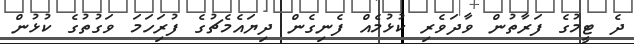
ދެ ޓީމުގެ ފަރާތުން ވާދަވެރި ކުޅުމެއް ފެނިގެން ދިޔައެމެޗުގެ ފުރަިަހަމަ ވަގުތުގެ ކުޅުން